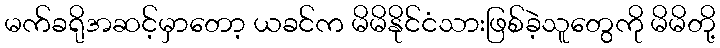
မက်ခရိုအဆင့်မှာတော့ ယခင်က မိမိနိုင်ငံသားဖြစ်ခဲ့သူတွေကို မိမိတို့